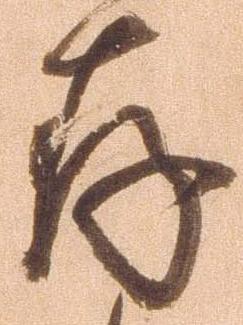
存